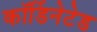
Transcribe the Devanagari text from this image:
कॉर्डिनेटेड